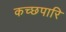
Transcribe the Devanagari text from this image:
कच्छपारि